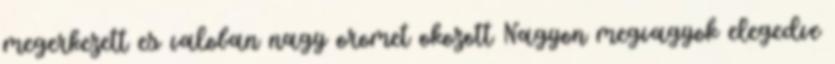
megerkezett es valoban nagy oromet okozott Nagyon megvagyok elegedve